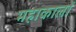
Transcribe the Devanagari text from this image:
महाकालों